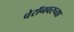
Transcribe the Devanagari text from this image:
चेरॉनवरच्या